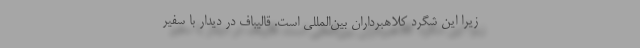
زیرا این شگرد کلاهبرداران بین‌المللی است. قالیباف در دیدار با سفیر